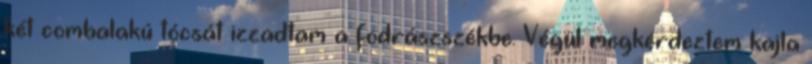
két combalakú tócsát izzadtam a fodrászszékbe. Végül megkérdeztem kajla